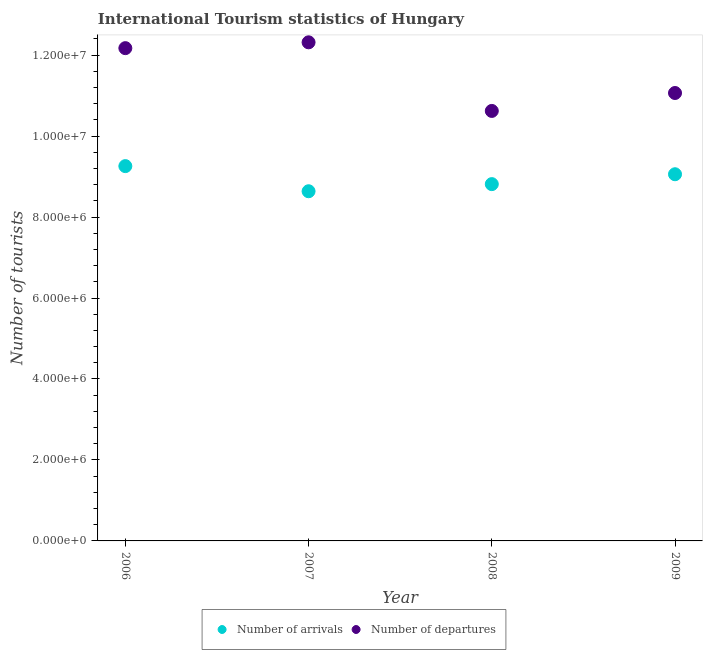
| Year | Number of arrivals | Number of departures |
 | --- | --- | --- |
 | 2006 | 9.26e+06 | 1.22e+07 |
 | 2007 | 8.64e+06 | 1.23e+07 |
 | 2008 | 8.81e+06 | 1.06e+07 |
 | 2009 | 9.06e+06 | 1.11e+07 |